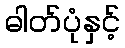
ဓါတ်ပုံနှင့်